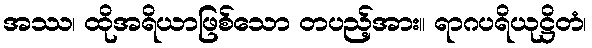
အဿ၊ ထိုအရိယာဖြစ်သော တပည့်အား။ ရာဂပရိယုဋ္ဌိတံ၊